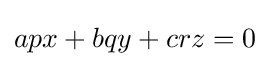
apx+bqy+crz=0